Senior Leaving Certificate Examination (including Day School Certificate (Higher) General paper), 1947
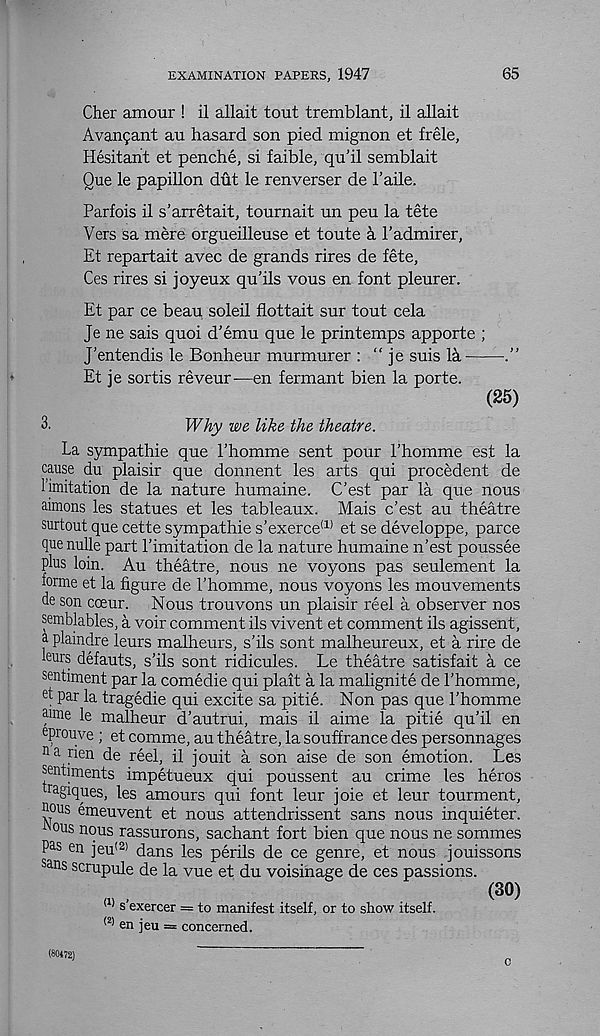
EXAMINATION PAPERS, 1947
65
Cher amour ! il allait tout tremblant, il allait
Avanfant au hasard son pied mignon et frele,
Hesitant et penche, si faible, qu’il semblait
Que le papillon dut le renverser de 1’aile.
Parfois il s’arretait, tournait un peu la tete
Vers sa mere orgueilleuse et toute a Padmirer,
Et repartait avec de grands rires de fete,
Ces rires si joyeux qu'ils vous en font pleurer.
Et par ce beau soleil flottait sur tout cela
Je ne sais quoi d’emu que le printemps apporte ;
J'entendis le Bonheur murmurer : " je suis la
Et je sortis reveur—en fermant bien la porte.
(25)
3.
Why we like the theatre.
La sympathie que Phomme sent pour Phomme est la
cause du plaisir que donnent les arts qui precedent de
limitation de la nature humaine. C'est par la que nous
aimons les statues et les tableaux. Mais c'est au theatre
surtout que cette sympathie s’exerce (1) et se developpe, parce
que nulle part Pimitation de la nature humaine n’est poussee
plus loin. Au theatre, nous ne voyons pas seulement la
forme et la figure de Phomme, nous voyons les mouvements
de son coeur. Nous trouvons un plaisir reel a observer nos
semblables, a voir comment ils vivent et comment ils agissent,
a plaindre leurs malheurs, s'ils sont malheureux, et a rire de
leurs defauts, s’ils sont ridicules. Le theatre satisfait a ce
sentiment par la comedie qui plait a la malignite de Phomme,
et par la tragedie qui excite sa pitie. Non pas que Phomme
aune le malheur d’autrui, mais il aime la pitie qu’il en
eprouve; et comme, au theatre, la souffrance des personnages
11 a rien de reel, il jouit a son aise de son emotion. Les
sentiments impetueux qui poussent au crime les heros
ra giques, les amours qui font leur joie et leur tourment,
nous emeuvent et nous attendrissent sans nous inquieter.
1 ous nous rassurons, sachant fort bien que nous ne sommes
Pas en jeu (2) dans les perils de ce genre, et nous jouissons
Sa ns scrupule de la vue et du voisinage de ces passions.
(30)
(1) s’exercer = to manifest itself, or to show itself.
(2) en jeu = concerned.
(80472)